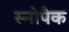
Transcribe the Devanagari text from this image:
स्नोपैक